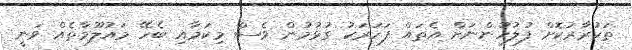
ތަކުރާރުކޮށް ފުލުހުންނަށް އެތައް ފަހަރަކު ގުޅުމުން ވެސް މިކަމާއި ބެހޭ މައުލޫމާތެއް ވަނީ